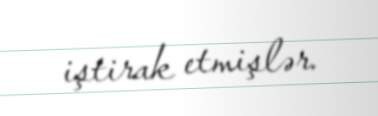
iştirak etmişlər.